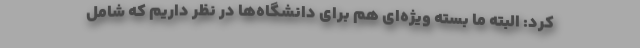
کرد: البته ما بسته ویژه‌ای هم برای دانشگاه‌ها در نظر داریم که شامل